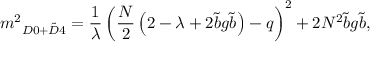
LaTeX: \displaystyle { m ^ { 2 } } _ { D 0 + \tilde { D } 4 } = \frac { 1 } { \lambda } \left( { \frac { N } { 2 } } \left( 2 - \lambda + 2 { \tilde { b } } g { \tilde { b } } \right) - q \right) ^ { 2 } + 2 N ^ { 2 } { \tilde { b } } g { \tilde { b } } ,